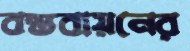
বস্তবায়নের